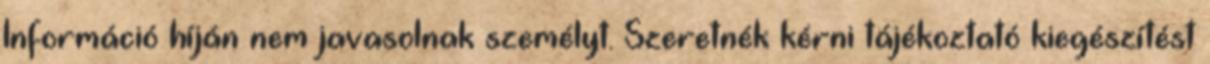
Információ híján nem javasolnak személyt. Szeretnék kérni tájékoztató kiegészítést